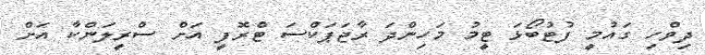
ދިވްހި ގައުމީ ފުޓުބޯޅަ ޓީމު މަހިންދަ ރާޖަޕަކްސަ ޓްރޮފީ އަށް ސްރީލަންކާ އަށް